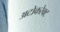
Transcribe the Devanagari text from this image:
अटोकरेक्ट